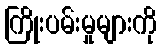
ကြိုးပမ်းမှုများကို